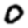
Digit: 0